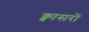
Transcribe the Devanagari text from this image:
क्वासरों